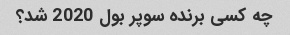
چه کسی برنده سوپر بول 2020 شد؟